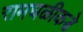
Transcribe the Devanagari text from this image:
रामघळीकडे